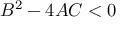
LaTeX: B ^ { 2 } - 4 A C < 0